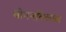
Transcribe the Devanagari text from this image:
बोगनविलास